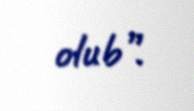
olub”.